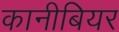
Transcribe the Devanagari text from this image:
कानीबियर